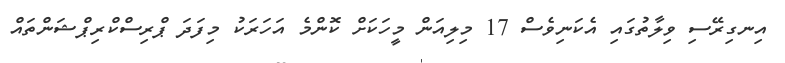
އިނގިރޭސި ވިލާތުގައި އެކަނިވެސް 17 މިލިއަން މީހަކަށް ކޮންމެ އަހަރަކު މިފަދަ ޕްރިސްކްރިޕްޝަންތައް